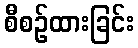
စီစဉ်ထားခြင်း